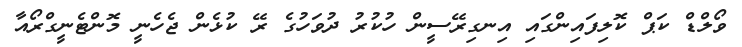
ވޯލްޑް ކަޕް ކޮލިފައިންގައި އިނގިރޭސީން ހުކުރު ދުވަހުގެ ރޭ ކުޅެން ޖެހެނީ މޮންޓެނީގްރޯއާ